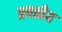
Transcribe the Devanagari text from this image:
प्रवतीय